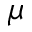
\mu